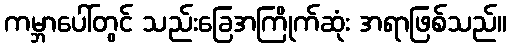
ကမ္ဘာပေါ်တွင် သည်းခြေအကြိုက်ဆုံး အရာဖြစ်သည်။